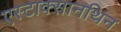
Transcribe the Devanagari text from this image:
एस्टाक्सानथिन